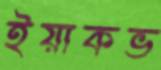
ইয়াকভ